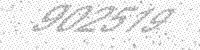
Solution: 902519